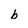
Character: b